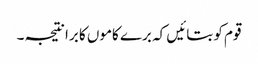
قوم کو بتائیں کہ برے کاموں کا برا نتیجہ ۔